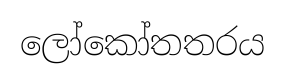
ලෝකෝතතරය